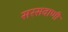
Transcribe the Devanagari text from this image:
सरसवाणी